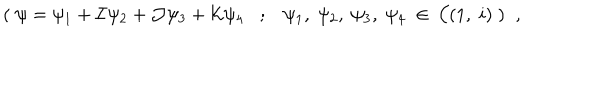
( \; \psi = \psi _ { 1 } + { \cal I } \psi _ { 2 } + { \cal J } \psi _ { 3 } + { \cal K } \psi _ { 4 } ; \psi _ { 1 } , \; \psi _ { 2 } , \; \psi _ { 3 } , \; \psi _ { 4 } \; \in \; { \cal C } ( 1 , \; i ) \; ) \; \; ,